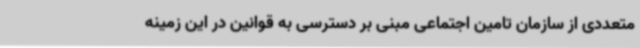
متعددی از سازمان تامین اجتماعی مبنی بر دسترسی به قوانین در این زمینه